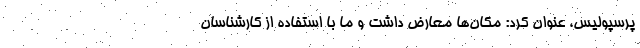
پرسپولیس، عنوان کرد: مکان‌ها معارض داشت و ما با استفاده از کارشناسان